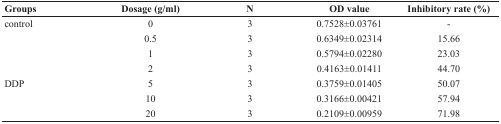
| Groups | Dosage (g/ml) | N | OD value | Inhibitory rate (%) |
 | --- | --- | --- | --- | --- |
 | control | 0 | 3 | 0.7528±0.03761 | - |
 |  | 0.5 | 3 | 0.6349±0.02314 | 15.66 |
 |  | 1 | 3 | 0.5794±0.02280 | 23.03 |
 |  | 2 | 3 | 0.4163±0.01411 | 44.70 |
 | DDP | 5 | 3 | 0.3759±0.01405 | 50.07 |
 |  | 10 | 3 | 0.3166±0.00421 | 57.94 |
 |  | 20 | 3 | 0.2109±0.00959 | 71.98 |